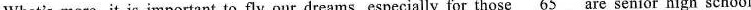
What's more, it is important to fly our dreams, especially for those \underline{65} are senior high school